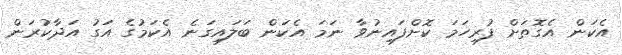
އެކަން އެގޮތަށް ފުރިހަމަ ކޮށްފައިނުވާ ނަމަ އެކަން ބަލައިގަނެ އެކަމުގެ އަގު އަދާކުރަން